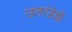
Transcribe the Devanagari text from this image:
उतरंडेची